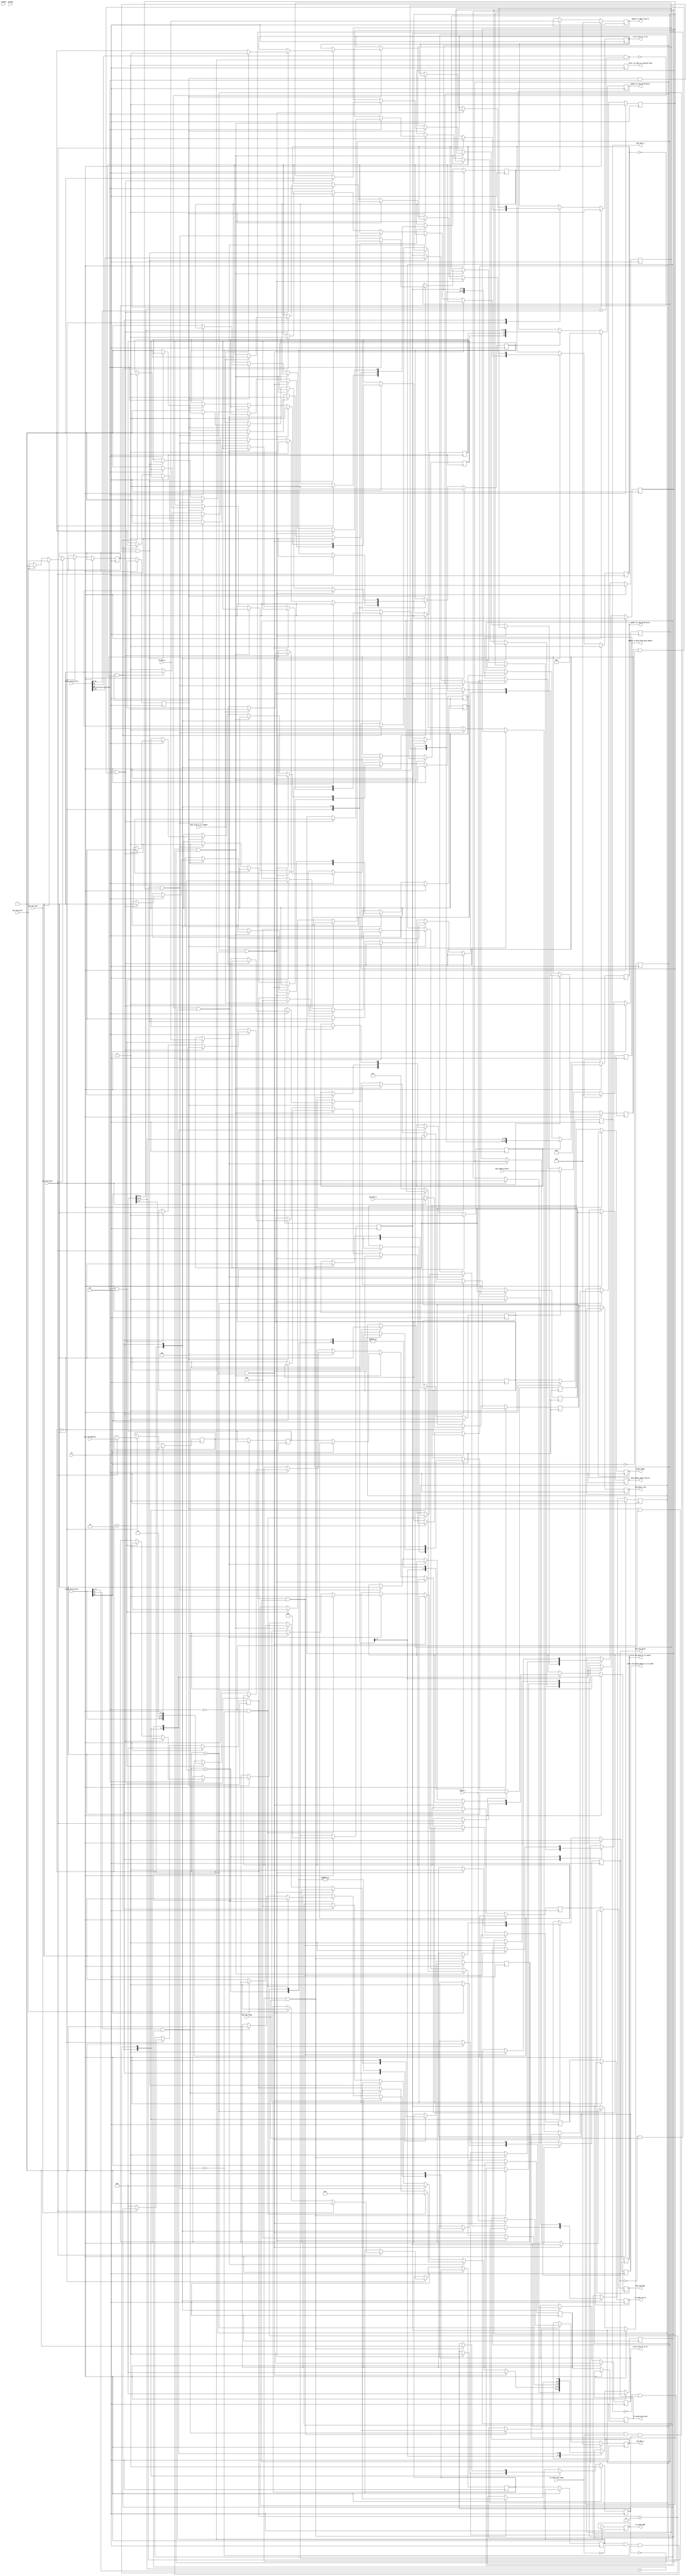
module memory_controller (
                            input clk,
                            input rst,
                            
                            // cpu signals
                            input cpu_req_valid,
                            input cpu_req_read,
                            input cpu_req_write, 
                            input [31:0] cpu_req_address,
                            
                            input [63:0] cpu_data_i,
                            output reg [63:0] cpu_data_o,
                            
                            // cache to cpu signal to let cpu know it can take new request.
                            output reg cache_ready,
                            
                            // rst olduu zaman cachelerde valid bit 0 lanmal 
                           // output reg rst_flag, 
                            
                            //input wire [21:0]l1tag,
                            input [23:0]     l1tag_valid_dirty,
                            input wire [7:0] l1index,
                            input [63:0]     l1data_i,
               
                  // l2den l1 e yazma ve l1 in tag valid dirty bitlerini update etme
                            output reg        write_from_l2_to_l1,
                            output reg [23:0] update_l1_tag_valid_dirty,                      
                            output reg [63:0] update_l1_data_from_l2, 
                            output reg after_rst_data_is_invalid_flag, 
                            
                            output reg  write_cpu_data_to_l1_cache,
                            output reg [63:0] cpu_data_i_reg, 
                            
               
                 //L2: 2 bit offset + 2 bit block select + 10 bit index + 18 bit tag
                           
                           // input [255:0] l2_data_i,
                            input [63:0]  l2_data_i,
                            input [19:0]  l2tag_valid_dirty,
                            
                            //input wire [17:0]l2tag,   
                            
                            
                            // bu sinyal bal deil. 
                            output reg        l2_cache_req_valid,
                           
                            input             l2_cache_req_ready,
                            input      [9:0]  l2index,
                            output reg [31:0] l2_cache_addr,
                            output reg        l2_cache_req_rw,
                            
                            output reg [19:0] update_l2_tag_valid_dirty,   
                            output reg [63:0] update_l2_data_from_main_memory,
                           // output reg [63:0] 
                            output reg        write_from_main_memory_to_l2_cache,
                            output reg        write_from_l1_to_l2, 
                            input data_from_l1_is_loaded,
                            
                            
                               
                            
                            input mem_req_ready,   
                            input [63:0] main_memory_data_i,
                            // main memory ye giden sinyaller
                           
                            output reg mem_req_rw,
                            output reg mem_req_valid,
                            output reg [31:0] mem_req_addr,
                            
                            output reg [63:0] main_memory_data_from_l2
                       
                            );
                            
                      

reg rst_flag;

reg [31:0] cpu_req_addr_reg, next_cpu_req_addr;                                
reg [63:0] next_cpu_data_i;  
reg        cpu_req_read_reg,   next_cpu_req_read;
reg        cpu_req_write_reg,  next_cpu_req_write;   
reg        cache_ready_reg,  next_cache_ready;     

//reg write_from_main_memory_to_l2_cache;     

reg [31:0] next_l2_cache_addr;
reg next_l2_cache_req_rw;
reg next_l2_cache_req_valid;

reg [31:0] next_mem_req_addr; 
reg next_mem_req_rw;
reg next_mem_req_valid;

//reg [63:0] splitted_64bit_l2_cache_data; 

reg l1_data_update;
reg l1_tag_update;
reg l1_valid_bit;
reg l1_dirty_bit; 

reg l2_valid_bit;
reg l2_dirty_bit;            
reg l2_tag_update;       
reg l2_data_update;

reg write_old_l1_data_to_l2;
reg l2_data_update_from_l1; 
reg l1_is_ready_to_take_new_cpu_data; 

//reg [23:0] previous_l1tag_valid_dirty;
reg l2_tag_update_when_l1_dirty; 
reg [17:0] old_l1_tag;  // l2 tag ile compare edilcek sanrm. 

reg [17:0] old_l2_tag;
reg write_old_l2_data_to_main_memory; 
reg [63:0] next_main_memory_data_from_l2;

reg memory_is_allocated_flag; 
reg old_l1_data_loaded_to_l2;                
reg requested_data_is_in_l2_flag;                
               
reg [2:0] present_state, next_state;                 
parameter IDLE      = 3'b000, 
          l1COMPARE = 3'b001,
          l2COMPARE = 3'b010,
          ALLOCATE  = 3'b011,
          WRITEBACK = 3'b100;        
          
wire [21:0] cpu_compare_l1tag;
wire [7:0]  cpu_compare_l1index;
wire [1:0]  cpu_addr_offset;

wire [17:0] cpu_compare_l2tag;
wire [9:0]  cpu_compare_l2index;
wire [1:0]  l2_block_place;
//wire [1:0]  cpu_addr_offset;
    
wire L1hit;
wire L2hit;        
                                                 
// 22 bit L1 tag , 18 bit L2 tag
assign cpu_compare_l1tag   = cpu_req_addr_reg[31:10] ;
assign cpu_compare_l1index = cpu_req_addr_reg[9:2];

assign cpu_addr_offset     = cpu_req_addr_reg[1:0];


assign cpu_compare_l2tag   =   cpu_req_addr_reg[31:14]; // 18 bit l2 tag 
assign cpu_compare_l2index =   cpu_req_addr_reg[13:4];
assign l2_block_place     =   cpu_req_addr_reg[3:2];
//assign cpu_addr_offset     = cpu_req_addr_reg[1:0];
 
// valid ise ve 22 bitlik tag uyuuyorsa hit.  
assign L1hit = l1tag_valid_dirty[23] && (cpu_compare_l1tag ==l1tag_valid_dirty[21:0]);

// l2 hit olmas set associative mantna gre ayarlanacak. 
assign L2hit = l2tag_valid_dirty[19] && (cpu_compare_l2tag ==l2tag_valid_dirty[17:0]); 

 
// output reset and output assign 
 always@(posedge clk) begin
       
       
       
      if(rst) begin
         
                
          //  rst_flag <= 1'b1; 
            update_l1_tag_valid_dirty <= 24'b0;
            update_l1_data_from_l2 <= 64'b0; 
            update_l2_tag_valid_dirty <= 20'b0;
            update_l2_data_from_main_memory <= 63'b0;
            after_rst_data_is_invalid_flag <= 1'b0; 
                
             mem_req_rw <= 1'b0;     
             old_l1_tag <= 18'b0; 
       end
       
       
       
//       else if (rst_flag) begin
//            update_l1_tag_valid_dirty <= {l1_valid_bit, l1_dirty_bit, 22'b0}; 
//            update_l2_tag_valid_dirty <=   {l2_valid_bit, l2_dirty_bit, 18'b0};
//            rst_flag <= 1'b0; 
            
//            // this flag will be sended to l1 cache and rst the data inside corresponding 
//            after_rst_data_is_invalid_flag <= 1'b1; 
//       end 
       
       
   
       
       
       else begin
            
            
            cpu_req_addr_reg            <= next_cpu_req_addr;
            cpu_data_i_reg              <= next_cpu_data_i; 
            l2_cache_addr               <= next_l2_cache_addr;
            l2_cache_req_rw             <= next_l2_cache_req_rw;
            l2_cache_req_valid          <= next_l2_cache_req_valid;
            
            cpu_req_read_reg             <= next_cpu_req_read;
            cpu_req_write_reg <= next_cpu_req_write;
            
            cache_ready                 <= next_cache_ready;
            
            // update arrayi eer "write_from_l2_to_l1" sinyali aktifse gncellenir. 
            update_l1_tag_valid_dirty        <=   l1_tag_update  ? {l1_valid_bit,l1_dirty_bit,cpu_compare_l1tag} : update_l1_tag_valid_dirty;
           // update_l1_data_from_l2           <=  l1_data_update ?  splitted_64bit_l2_cache_data :  update_l1_data_from_l2;  
            update_l1_data_from_l2           <=  l1_data_update ?  l2_data_i :  update_l1_data_from_l2;  
            
            update_l2_tag_valid_dirty        <=  l2_tag_update  ? {l2_valid_bit, l2_dirty_bit, cpu_compare_l2tag} : l2_tag_update_when_l1_dirty ?  {l2_valid_bit, l2_dirty_bit, old_l1_tag} : update_l2_tag_valid_dirty;
            update_l2_data_from_main_memory  <=  l2_data_update ? main_memory_data_i : l2_data_update_from_l1 ?  l1data_i : update_l2_data_from_main_memory ;
      
           // update_l2_tag_valid_dirty 
            mem_req_rw   <= next_mem_req_rw; 
            mem_req_addr  <= next_mem_req_addr;
            mem_req_valid <= next_mem_req_valid;
            
            after_rst_data_is_invalid_flag <= 1'b0; 
            
       end 
    
 end              
 
 always@ (posedge clk) begin
            
         if (rst) begin 
          //  rst_flag  <= 1'b1; 
            present_state <= IDLE;  
            l1_tag_update    <= 1'b0; 
            l1_valid_bit     <= 1'b0;
            l1_data_update   <= 1'b0;
            l1_dirty_bit     <= 1'b0;
            
            l2_valid_bit     <= 1'b0; 
            l2_dirty_bit     <= 1'b0;            
            l2_tag_update    <= 1'b0;       
            l2_data_update   <= 1'b0;
            
            next_cache_ready <= 1'b1;
            
            write_from_main_memory_to_l2_cache <= 1'b0;
            write_from_l2_to_l1                <= 1'b0;    
            
            write_old_l1_data_to_l2 <= 1'b0;
            write_old_l2_data_to_main_memory <= 1'b0; 
            
            next_state       <=  3'b000; 
            
            write_cpu_data_to_l1_cache <= 1'b0;
            l2_tag_update_when_l1_dirty<= 1'b0;
            l2_data_update_from_l1     <= 1'b0;  
            
            memory_is_allocated_flag  <= 1'b0; 
            
            main_memory_data_from_l2   <= next_main_memory_data_from_l2;
            write_from_l1_to_l2 <= 1'b0; 
            requested_data_is_in_l2_flag <= 1'b0;
            old_l1_data_loaded_to_l2 <= 1'b0;
            l1_is_ready_to_take_new_cpu_data <= 1'b0; 
            cpu_data_o <= 64'b0; 
         end   

//            case (l2_block_place)
//                2'b00: splitted_64bit_l2_cache_data   <= l2_data_i[63:0];
//                2'b01: splitted_64bit_l2_cache_data   <= l2_data_i[127:64];
//                2'b10: splitted_64bit_l2_cache_data   <= l2_data_i[191:128];
//                2'b11: splitted_64bit_l2_cache_data   <= l2_data_i[255:192];
//                default: splitted_64bit_l2_cache_data <= 64'd0;
//            endcase
        else begin
         present_state  <= next_state;
           // rst_flag <= 1'b0; 
            case(present_state) 
                IDLE: begin : idle
                
                    
//                    l1_valid_bit     <= 1'b0;
                   // l1_dirty_bit     <= 1'b0;
//                    l1_tag_update       <= 1'b0; 
//                    l1_data_update      <= 1'b0;
                    
//                    l2_valid_bit     <= 1'b0; 
                    //l2_dirty_bit     <= 1'b0;            
//                    l2_tag_update    <= 1'b0;       
//                    l2_data_update   <= 1'b0;
                    
//                    write_cpu_data_to_l1_cache <=1'b0;
//                    l2_tag_update_when_l1_dirty <= 1'b0;
                    
                    
                    if(cpu_req_valid) begin
                       // present_state  <= next_state;
                        next_cpu_req_addr <= cpu_req_address;
                        next_cpu_data_i   <= cpu_data_i; 
                        next_cache_ready  <= 1'b0;
                        l1_tag_update  <= 1'b0; 
                        l1_data_update <= 1'b0;
                        write_cpu_data_to_l1_cache <= 1'b0; 
                        write_from_l1_to_l2 <= 1'b0; 
                        if(cpu_req_read) begin
                            next_cpu_req_read  <= cpu_req_read;  
                            next_cpu_req_write <= cpu_req_write; 
                        end
                        
                        else if (cpu_req_write) begin
                            next_cpu_req_write <= cpu_req_write; 
                            next_cpu_req_read  <= cpu_req_read;  
                        end     
                        next_state        <= l1COMPARE; 
                        
                    
                    end
                    
                    

                    else 
                        present_state <= IDLE;
                    
                end : idle 
                
              l1COMPARE: begin: l1compare 
                    //present_state  <= next_state;    
                    next_cache_ready  <= 1'b0;
                    l1_tag_update     <= 1'b0; 
                    l1_data_update    <= 1'b0; 
                    
                    l2_data_update_from_l1 <= 1'b0; 
                    // read operation hit 
                    if(L1hit && cpu_req_read_reg)begin
                      // l1datacache den veriyi al outputa ver.  
                     write_from_l2_to_l1 <= 1'b0;
                     cpu_data_o <= l1data_i;
                     next_cache_ready <= 1'b1;
                     next_state <= IDLE;
                    end 
                    
                    else if (!L1hit && cpu_req_read_reg) begin
                        next_cache_ready  <= 1'b0;
                           // 
                           if ( (!l1tag_valid_dirty[22] && !L2hit )) begin // dirty biti 0 ise 
                                
                                // eer l2 de karlk gelen yer bo ise l2 ye yazlacak tag 
                                //next_l2_cache_tag        <= cpu_req_addr_reg[31:14];
                                
                                next_l2_cache_req_rw     <= 1'b0;
                                next_l2_cache_req_valid  <= 1'b1;
                                
                                next_state               <= l2COMPARE; 
                          end      
                                
                          // bu ksm eklenecek       
                           else if (L2hit )begin  // dirty biti 1 ise  
                                
                                requested_data_is_in_l2_flag <= 1'b1; 
                                
                                next_l2_cache_req_rw     <= 1'b0;
                                next_l2_cache_req_valid  <= 1'b1;
                                
                                next_state               <= l2COMPARE; 
                           end


                    else begin 
                        next_state <= present_state;
                    end 
                
                    end   
                    
                    // write operation 
                    else if ( (cpu_req_write_reg && !l1tag_valid_dirty[22]) | l1_is_ready_to_take_new_cpu_data) begin // write operation with dirty bit 0 
                        
                        l1_valid_bit   <= 1'b1; 
                        l1_dirty_bit   <= 1'b1;
                        l1_tag_update  <= 1'b1; 
                        l1_data_update <= 1'b1; 
                        write_cpu_data_to_l1_cache <= 1'b1; 
                        
                        l1_is_ready_to_take_new_cpu_data <= 1'b0;  
                        l2_tag_update_when_l1_dirty <= 1'b0;
                        l2_tag_update_when_l1_dirty <= 1'b0; 
                        next_state <= IDLE; 
                    
                    end     
                    
                    
                    else if (cpu_req_write_reg && l1tag_valid_dirty[22] && !old_l1_data_loaded_to_l2 ) begin
                        
                        write_old_l1_data_to_l2 <= 1'b1;   
                        old_l1_tag              <= {l1tag_valid_dirty[21:3]};
                        l1_tag_update  <= 1'b0; 
                        l1_data_update <= 1'b0;
                                              
                                          
                        next_state <= l2COMPARE; 
                        
                    
                    end 
                    
                    
                    else if (cpu_req_write_reg && old_l1_data_loaded_to_l2)  begin
                                 l1_dirty_bit <= 1'b0; 
                                l1_valid_bit <= 1'b1; 
                                l1_tag_update  <= 1'b1; 
                                //l1_data_update <= 1'b1; 
                                old_l1_data_loaded_to_l2 <= 1'b0;
                                l1_is_ready_to_take_new_cpu_data <= 1'b1; 
                                next_state <= l1COMPARE; 
                    end 
                    else begin
                       // next_state <= present_state;
                       present_state <= next_state; 
                    end
                               
              end: l1compare  
                        
              l2COMPARE: begin : l2compare
              
                    //present_state  <= next_state;
                    next_l2_cache_req_valid <= 1'b0;
                    next_cache_ready        <= 1'b0;
                    
                    // allocate de update ediliyor daha sonra allocate den buraya geliniyor.
                    // burada tekrar lowa ekiyorum. 
                    l2_tag_update       <= 1'b0; 
                    l2_data_update      <= 1'b0;
                    
                    
                   // if(L2hit && !l2_cache_req_valid && l2_cache_req_ready ) // wait for l2 cache to be ready    
                   if((L2hit && l2_cache_req_ready && memory_is_allocated_flag) || requested_data_is_in_l2_flag)  
                       begin
                            write_from_l2_to_l1 <= 1'b1; // l2 cache ten gelen veriyi
                                                         // l1 cache e yaz 
                            write_from_main_memory_to_l2_cache <= 1'b0; 
                            
                            // valid ve dirty bitler tag_array e yazlmal. 
                            l1_valid_bit        <= 1'b1;
                            l1_dirty_bit        <= 1'b0; // data zaten l2 de, l1 dirty biti 0 olarak kalabilir.             
                            l1_tag_update       <= 1'b1; 
                            l1_data_update      <= 1'b1;
                            // l1compare olmayabilir. 
                            next_state          <= l1COMPARE; 
                            
                            memory_is_allocated_flag <= 1'b0; 
                            requested_data_is_in_l2_flag <= 1'b0;
                            
                            
                       end               
                   // l2 henz hit olmamsa ama main memoryden l2 cache veri ak salanmsa 
                
                     
 // l2 hit yapmazsa; okuma isteiyse VE l2 clean ise main memory ye k veriyi l2 ya yaz sonra l1 e gider
                    else if (cpu_req_read_reg && !l2_cache_req_ready && !L2hit && !memory_is_allocated_flag ) begin
                       // next_cache_ready <= 1'b0;
                           if (!l2tag_valid_dirty[18]) begin // L2 temiz ise 
                                
                                next_mem_req_addr   <= cpu_req_addr_reg;
                                next_mem_req_rw     <= 1'b0; 
                                next_mem_req_valid  <= 1'b1; 
                                // main memory ye k l2 ye yaz. 
                                next_state          <= ALLOCATE; 
                                                           
                           end  
                           
                     end       
                     
                         
                            
                       // next_state <= ALLOCATE;
                       

                    // yazma istei 
                    else if (cpu_req_write_reg ) begin
                        //    next_cache_ready <= 1'b0;
                            if (!l1tag_valid_dirty[22]) begin // l1 deki eski data zaten l2 deyse 
                             
//                             write_old_l1_data_to_l2 <= 1'b0;
//                             l2_dirty_bit <= 1'b0;
//                             l2_valid_bit <= 1'b1; 
                             
//                             l1_dirty_bit <= 1'b0; 
                             
//                             l2_tag_update_when_l1_dirty <= 1'b1;
//                             l2_data_update_from_l1      <= 1'b1; 
                                
                            l1_valid_bit        <= 1'b1;
                            l1_dirty_bit        <= 1'b1; // data zaten l2 de, l1 dirty biti 0 olarak kalabilir.             
                            l1_tag_update       <= 1'b1; 
                            l1_data_update      <= 1'b1;
                             
                             next_state <= l1COMPARE; 
                             
                             
                            end     
                            
                     // eski l1 l2 ye yklenince l2 den bir sinyal gnder ve yeni veriyi l1 e al        
                            else if ((l1tag_valid_dirty[22]) && (write_old_l1_data_to_l2 && !l2tag_valid_dirty[18] )) begin // l2 dirty deilse ve l1 deki eski veri ile l2 deki veri uyumuyorsa. l1 deki eski veriyi l2 ye yaz. 
                                 l2_dirty_bit <= 1'b1;
                                 l2_valid_bit <= 1'b1; 
                             
                                
                                
                                write_from_l1_to_l2 <= 1'b1;  
                               // write_old_l1_data_to_l2 <= 1'b0; 
                                l2_tag_update_when_l1_dirty <= 1'b1;
                                l2_data_update_from_l1      <= 1'b1; 
                               
                               
                               if (data_from_l1_is_loaded) begin
                                    write_from_l1_to_l2 <= 1'b0;
                                    old_l1_data_loaded_to_l2 <= 1'b1; 
                                    next_state <= l1COMPARE;
                                    write_old_l1_data_to_l2 <= 1'b0; 
                                    
                               end 
                               
                               else begin
                                    next_state <= present_state; 
                               end 
                               
                                    
                                    
                            end  
                            
                            else if (write_old_l1_data_to_l2 && l2tag_valid_dirty[18] ) begin // l2 deki eski datay main memoryye yaz daha sonra l1 deki datay l2 ye yaz sonra yeni datay l1 e yaz. 
                              
                                write_old_l2_data_to_main_memory <= 1'b1; 
                                next_mem_req_addr <= {l2tag_valid_dirty,cpu_compare_l2index, 2'b00 };
                                next_mem_req_rw   <= 1'b1; 
                                next_mem_req_valid <= 1'b1;
                                next_main_memory_data_from_l2 <= l2_data_i;
                                next_state <= WRITEBACK; 
                                    
                            end 
                    
                    end 
                    
                    // l1 miss yapt ama l2 de hit yapld. 
//                    else if (L2hit && !L1hit) begin
                        
//                            write_from_l2_to_l1 <= 1'b1; // l2 cache ten gelen veriyi
//                                                         // l1 cache e yaz 
                            
//                            // valid ve dirty bitler tag_array e yazlmal. 
//                            l1_valid_bit        <= 1'b1;
//                            l1_dirty_bit        <= 1'b0; // data zaten l2 de, l1 dirty biti 0 olarak kalabilir.             
//                            l1_tag_update       <= 1'b1;
//                            l1_data_update      <= 1'b1;
//                            // l1compare olmayabilir. 
//                            next_state          <= l1COMPARE; 
                    
//                    end 
                        
                    else begin
                       // next_state <= present_state; 
                       present_state <= next_state; 
                     end   
            
              end: l2compare
                      
            ALLOCATE : begin : allocate
                  //present_state  <= next_state;
                  next_mem_req_valid <= 1'b0;
                  next_cache_ready   <= 1'b0; 
                    if(!mem_req_rw && mem_req_valid && mem_req_ready) begin  // memory den oku 
                        
                        write_from_main_memory_to_l2_cache <= 1'b1; 
                        
                        l2_valid_bit        <= 1'b1;
                        l2_dirty_bit        <= 1'b0; // data main memory de, dirty 0 olur.              
                        l2_tag_update       <= 1'b1; 
                        l2_data_update      <= 1'b1;
                        
                        next_state          <= l2COMPARE; 
                        
                        memory_is_allocated_flag <= 1'b1; 
                        
                    
                    end
                    else begin
                       present_state <= next_state; 
                    end
            
            end: allocate 
            
            
            WRITEBACK: begin : writeback
                   // present_state  <= next_state;
                    next_mem_req_valid <= 1'b0;
                    next_cache_ready   <= 1'b0;
                    
                    if (!mem_req_valid && mem_req_ready && write_old_l2_data_to_main_memory) // l2 kirli verisi main memory ye yazldysa ve memoryden veri okunmaya hazrsa 
                        begin
                            
                            l2_valid_bit  <= 1'b0; 
                            l2_dirty_bit  <= 1'b0;
                            l2_tag_update <= 1'b1;
                            
                            write_old_l2_data_to_main_memory <= 1'b0; 

                            next_state    <= l2COMPARE;   
                            
                        end 
                        
                    else begin
                        present_state <= next_state; 
                    end     
                
            end : writeback 
            
  
            endcase
        end
     end                       
endmodule